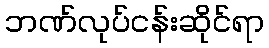
ဘဏ်လုပ်ငန်းဆိုင်ရာ